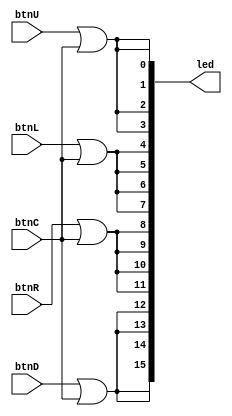
`timescale 1ns / 1ps

module sw_led(
    // Buttons
    input btnC,
    input btnU,
    input btnL,
    input btnR,
    input btnD,
    // Led outputs
    output [15:0]led
    );
    
    genvar i;
    for (i = 0; i < 4; i = i + 1) begin
        assign led[0  + i] = btnU | btnC;
        assign led[4  + i] = btnL | btnC;
        assign led[8  + i] = btnR | btnC;
        assign led[12 + i] = btnD | btnC;
    end
endmodule